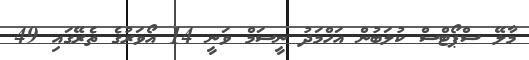
މާލޭ ސްޕޯޓްސް ކުލަބުން އަހްމަދު ނީސަމް ވަނީ 14 އޯވަރުގެ ތެރޭގައި 49